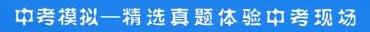
中考模拟一精选真题体验中考现场